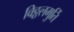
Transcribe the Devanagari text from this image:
विठ्ठलमुर्ति